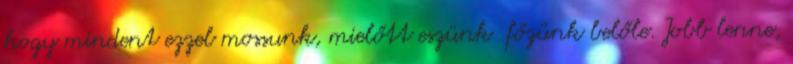
hogy mindent ezzel mossunk, mielőtt eszünk főzünk belőle. Jobb lenne,